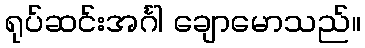
ရုပ်ဆင်းအင်္ဂါ ချောမောသည်။